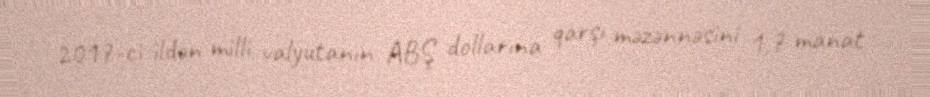
2017-ci ildən milli valyutanın ABŞ dollarına qarşı məzənnəsini 1,7 manat